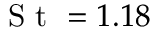
\textrm { S t } = 1 . 1 8